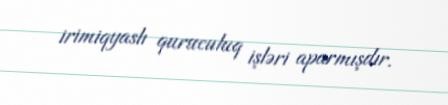
irimiqyaslı quruculuq işləri aparmışdır.